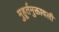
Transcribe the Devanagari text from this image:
मुहूर्तमुक्तावली